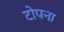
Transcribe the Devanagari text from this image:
टोपना